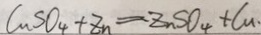
C u S O _ { 4 } + z _ { n } = z _ { n } S O _ { 4 } + C u .